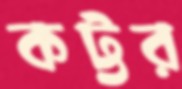
কট্টর